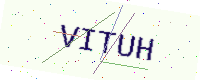
Text: VITUH